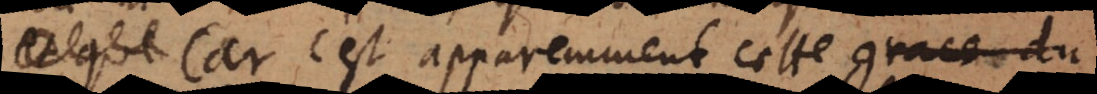
car c’est apparemment cette grace du